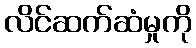
လိင်ဆက်ဆံမှုကို